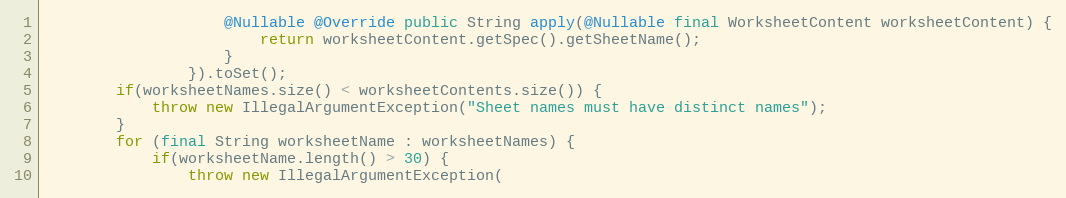
Language: Java
                    @Nullable @Override public String apply(@Nullable final WorksheetContent worksheetContent) {
                        return worksheetContent.getSpec().getSheetName();
                    }
                }).toSet();
        if(worksheetNames.size() < worksheetContents.size()) {
            throw new IllegalArgumentException("Sheet names must have distinct names");
        }
        for (final String worksheetName : worksheetNames) {
            if(worksheetName.length() > 30) {
                throw new IllegalArgumentException(